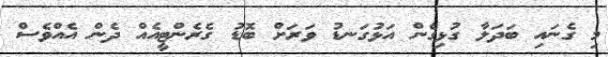
މި ގެނައި ބަދަލާ ގުޅިގެން އަޅުގަނޑު ވަރަށް ބޮޑު ގެރެންޓީއެއް ދެން އެއްވެސް